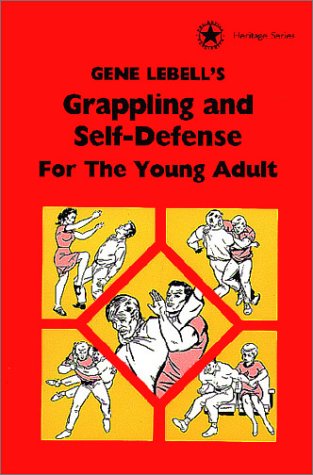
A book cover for Gene LeBell's Grappling and Self-Defense For the Young Adult (Heritage Series); Gene Labell; Teen & Young Adult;